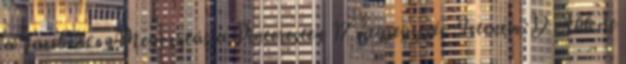
a FacebookonMegosztás a Pinteresten 17 megjegyzés: Istenem.:D Ahh de